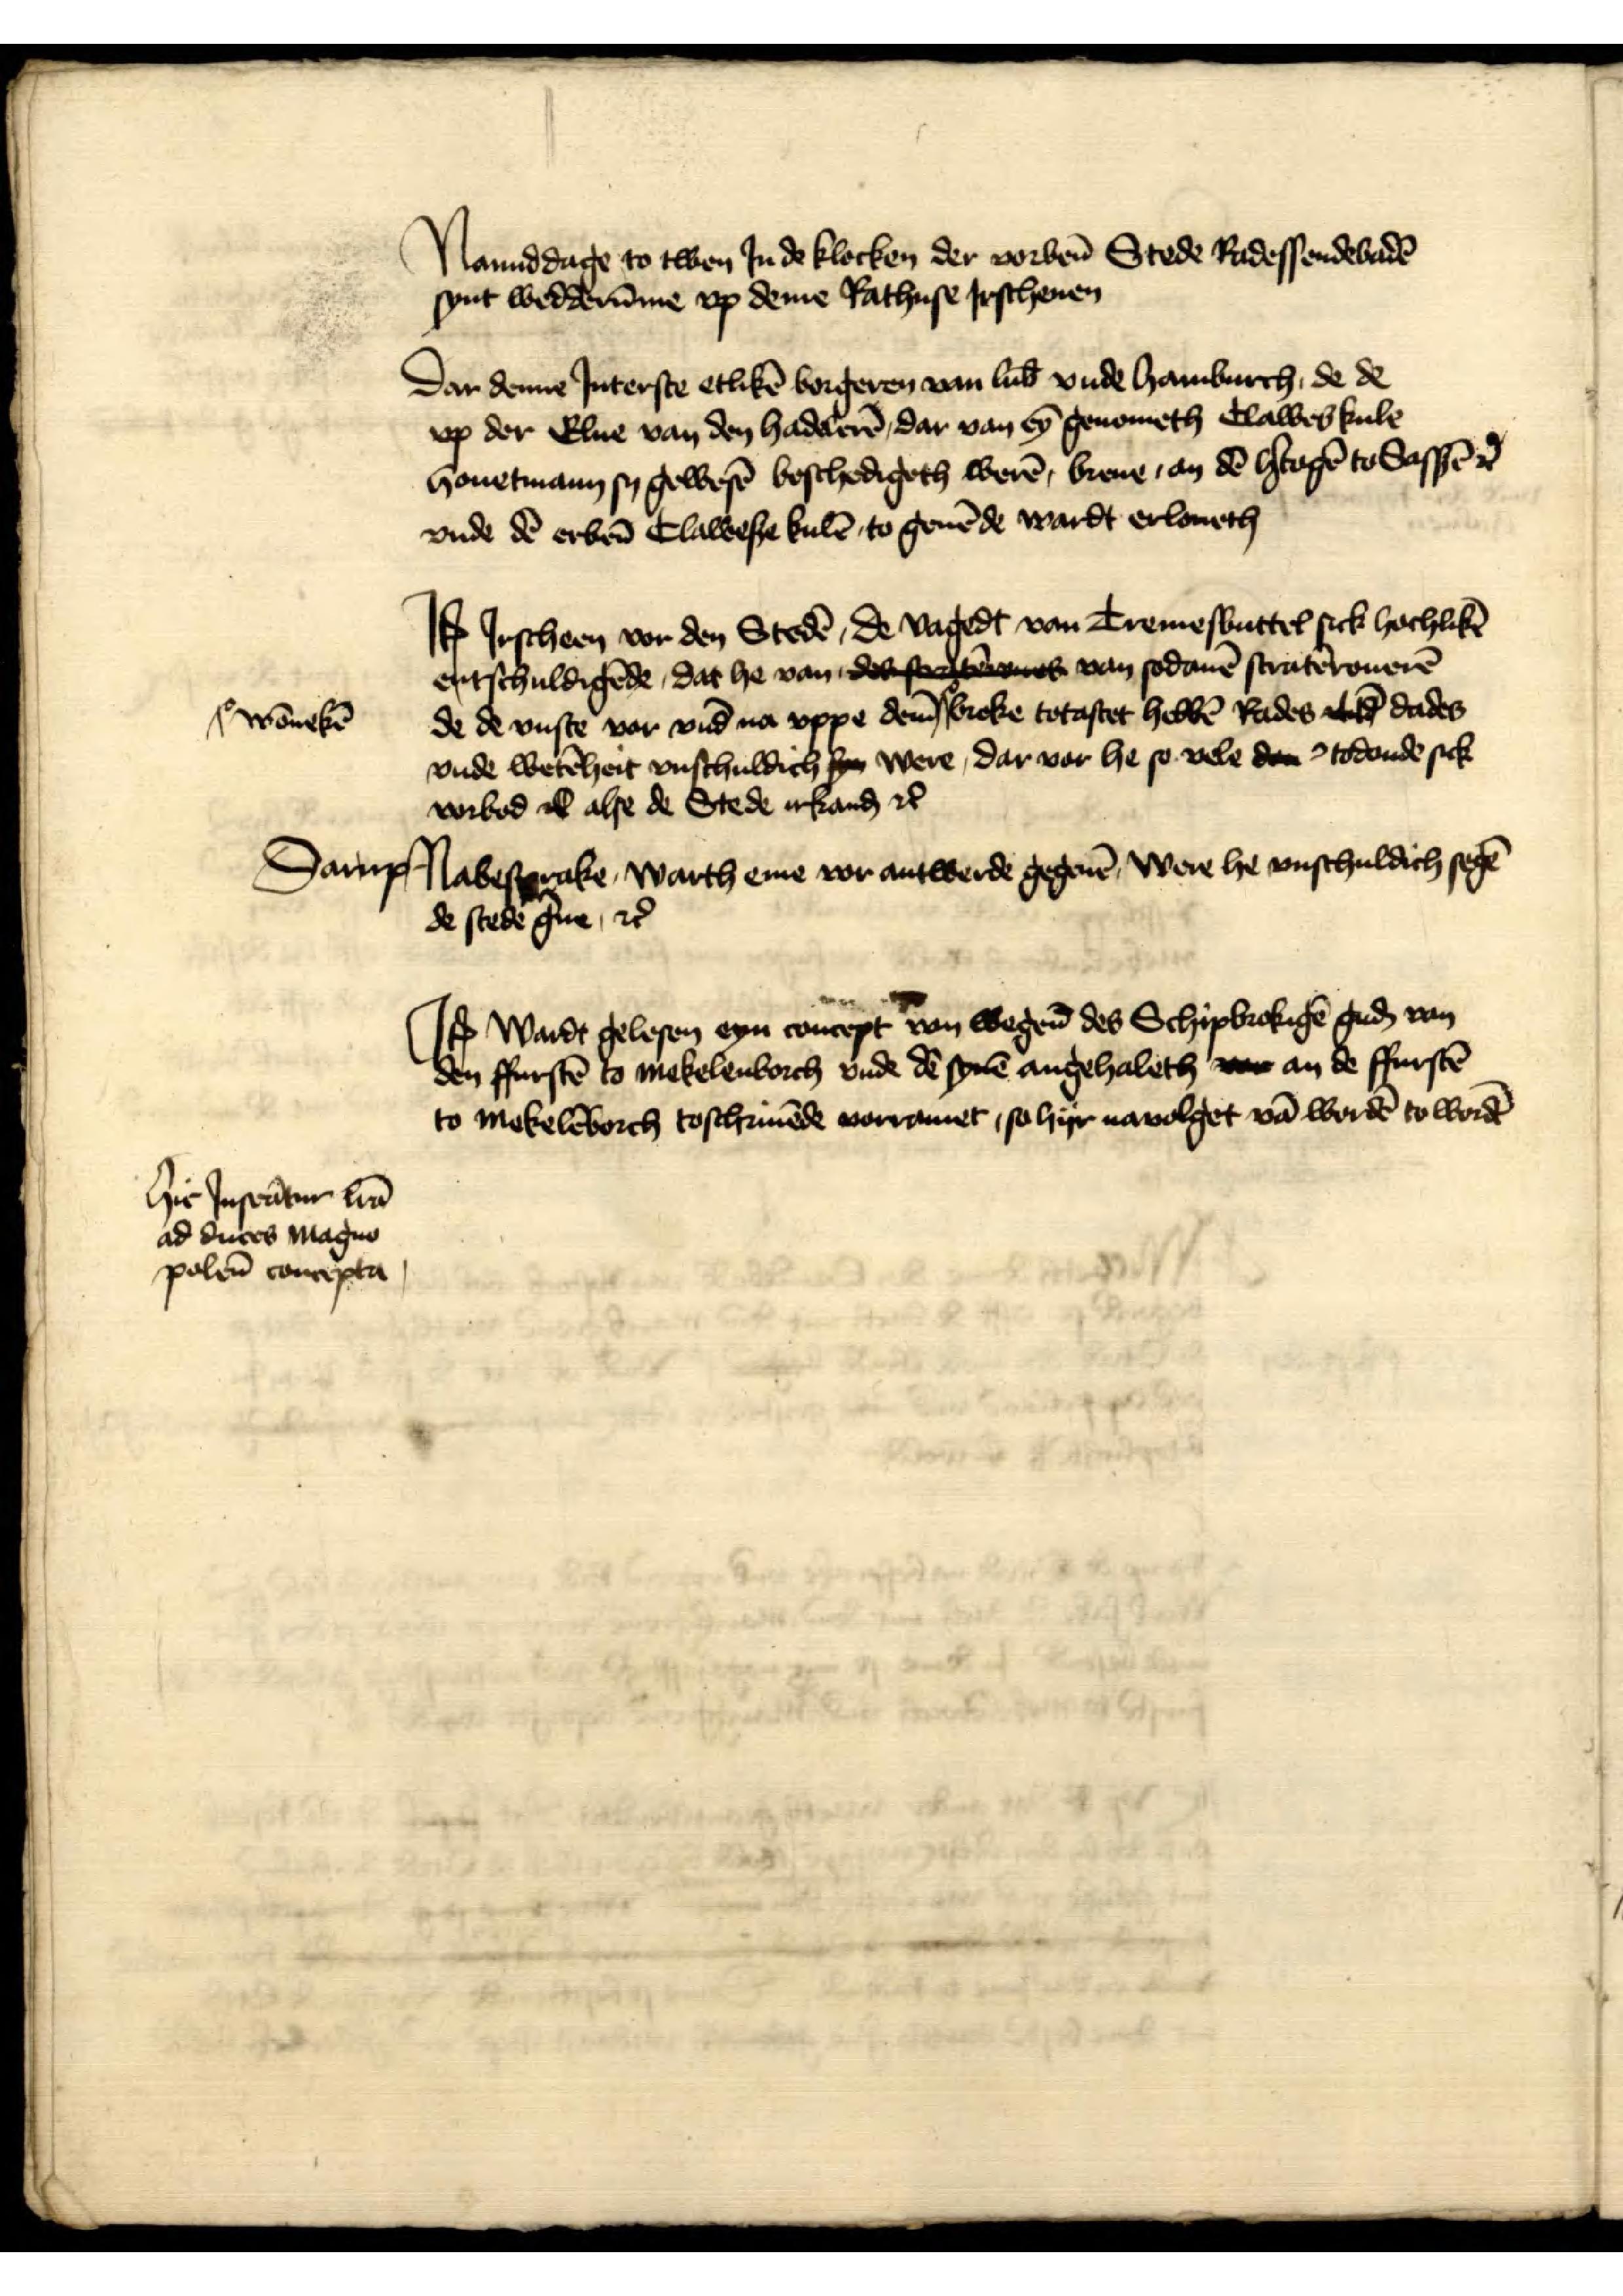
hic Inserātur lva
ad duces Magno
polen̄ consepta

Namiddage to twen Jn de klocken der vorben̄ Stede Radessendebadē
synt wedderūme vp deme Rathuse Jrschenen

Dar denne Jnterste etlikē borgeren van Lub̄ vnde Hamburch, de de
op der Elue van den Hadelerē, dar van eȳ genometh Clawes kule
Houetmann sy gewesē beschedigeth werē, breue, an dē Hertogē to Sassē et̉
vnde dē erben̄ Claweße Kulē, to geuēde wardt erloueth

Jꝷ Jrscheen vor den Stedē, de vagedt van Tremesbuttel sick hochlikē
entschuldigēde, dat he van a snes van sodanē stratērouerē
de de vuste vor vnd na vppe dem̄ broke totastet hebben Rades t dades
wonekē
broke totastet hebbē Rades t dades
vnde wetēheit vnschuldich syn were, dar vor he so vele dee todonde sick
vorbod ik alse de Stede irkanḑ et̉
Darup Nabesprake, Warth eme vor antwerde gegeuē Were he vnschuldich segē
de stede g̉ne, et̉

Jꝷ Wardt gelesen eyn concept van wegen̄ des Schipbrokigē guḑ van
den ffurstē to Mekelenborch vnde dē synē angehaleth vo an de ffurstē
to Mekelēborch toschriuēde vorramet, so hyr nauolget vā wordē to wordē